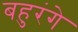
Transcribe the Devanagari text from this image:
बहुरंगे